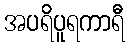
အပရိပူရကာရီ